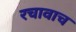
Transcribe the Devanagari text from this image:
रचावाच